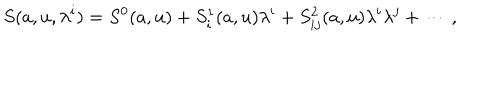
S ( a , u , \lambda ^ { i } ) = S ^ { 0 } ( a , u ) + S _ { i } ^ { 1 } ( a , u ) \lambda ^ { i } + S _ { i j } ^ { 2 } ( a , u ) \lambda ^ { i } \lambda ^ { j } + \cdots \, ,